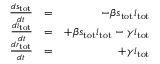
\begin{array} { r l r } { \frac { d s _ { \mathrm { t o t } } } { d t } } & { = } & { - \beta s _ { \mathrm { t o t } } i _ { \mathrm { t o t } } } \\ { \frac { d i _ { \mathrm { t o t } } } { d t } } & { = } & { + \beta s _ { \mathrm { t o t } } i _ { \mathrm { t o t } } - \gamma i _ { \mathrm { t o t } } } \\ { \frac { d r _ { \mathrm { t o t } } } { d t } } & { = } & { + \gamma i _ { \mathrm { t o t } } } \end{array}